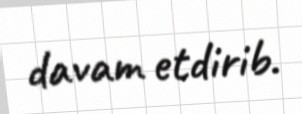
davam etdirib.